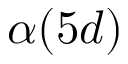
\alpha ( 5 d )